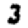
Digit: 3